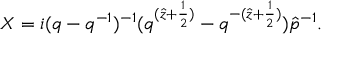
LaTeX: X = i ( q - q ^ { - 1 } ) ^ { - 1 } ( q ^ { ( \hat { z } + \frac { 1 } { 2 } ) } - q ^ { - ( \hat { z } + \frac { 1 } { 2 } ) } ) \hat { p } ^ { - 1 } .